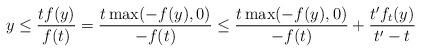
LaTeX: \begin{align*} y \leq \frac{t f(y)}{f (t)} = \frac{t \max ( - f ( y ) , 0 )}{- f ( t )} \leq \frac{t \max ( - f ( y ) , 0 )}{- f ( t )} + \frac{t' f_t ( y )}{t' - t} \end{align*}